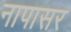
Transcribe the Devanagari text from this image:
नापासर